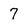
Character: 7